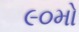
૯૦મો